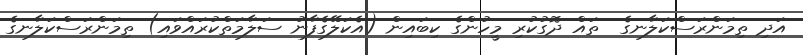
އަދި ތިމަންރަސްކަލާނގެ  ތައް ދޮގުކުރި މީހުންގެ ކިބައިން (އެކަލޭގެފާނު ސަލާމަތްކުރައްވައި) ތިމަންރަސްކަލާނގެ